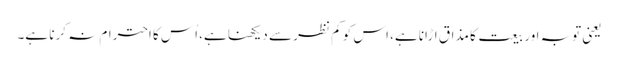
یعنی توبہ اور بیعت کا مذاق اڑانا ہے، اس کو کم نظر سے دیکھنا ہے، اُس کا احترام نہ کرنا ہے۔